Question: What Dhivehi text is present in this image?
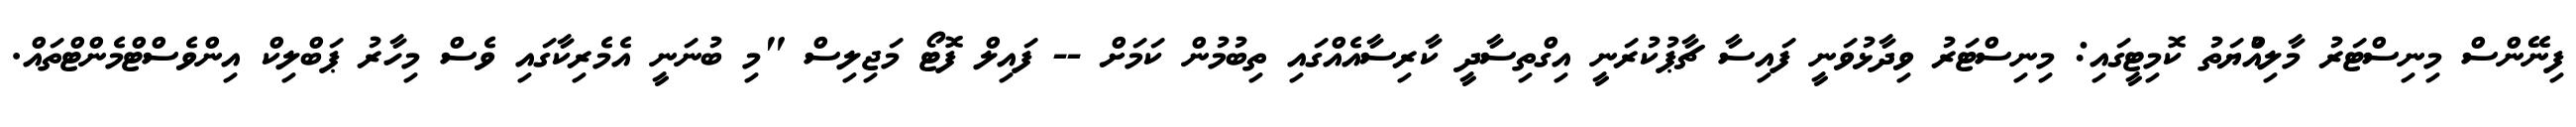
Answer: ފިނޭންސް މިނިސްޓަރު މާލިއްުޔަތު ކޮމިޓީގައި: މިނިސްޓަރު ވިދާޅުވަނީ ފައިސާ ޗާޕުކުރަނީ އިގްތިސާދީ ކާރިސާއެއްގައި ތިބުމުން ކަމަށް -- ފައިލް ފޮޓޯ މަޖިލިސް "މި ބުނަނީ އެމެރިކާގައި ވެސް މިހާރު ޕަބްލިކް އިންވެސްޓްމެންޓްތައް.